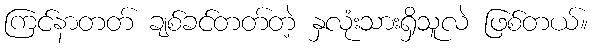
ကြင်နာတတ် ချစ်ခင်တတ်တဲ့ နှလုံးသားရှိသူလဲ ဖြစ်တယ်။